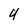
Character: 4